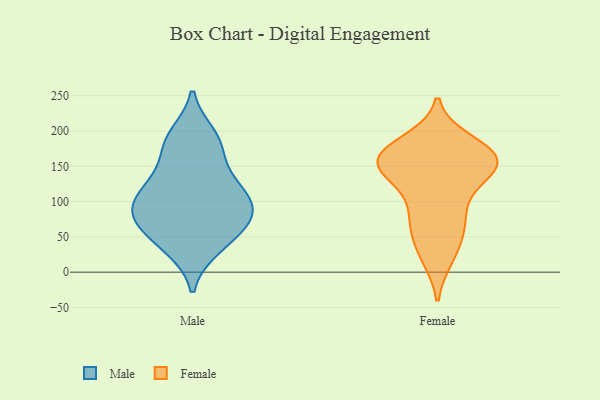
{"axis": {"x": "LTV (USD)", "y": "Value"}, "legend": ["Female", "Male"], "data": [{"x": "", "y": 179, "type": "Male"}, {"x": "", "y": 34, "type": "Male"}, {"x": "", "y": 77, "type": "Male"}, {"x": "", "y": 100, "type": "Male"}, {"x": "", "y": 72, "type": "Male"}, {"x": "", "y": 103, "type": "Male"}, {"x": "", "y": 63, "type": "Male"}, {"x": "", "y": 74, "type": "Male"}, {"x": "", "y": 94, "type": "Male"}, {"x": "", "y": 123, "type": "Male"}, {"x": "", "y": 120, "type": "Male"}, {"x": "", "y": 186, "type": "Male"}, {"x": "", "y": 37, "type": "Male"}, {"x": "", "y": 146, "type": "Male"}, {"x": "", "y": 194, "type": "Male"}, {"x": "", "y": 158, "type": "Female"}, {"x": "", "y": 145, "type": "Female"}, {"x": "", "y": 92, "type": "Female"}, {"x": "", "y": 173, "type": "Female"}, {"x": "", "y": 84, "type": "Female"}, {"x": "", "y": 28, "type": "Female"}, {"x": "", "y": 141, "type": "Female"}, {"x": "", "y": 165, "type": "Female"}, {"x": "", "y": 160, "type": "Female"}, {"x": "", "y": 23, "type": "Female"}, {"x": "", "y": 168, "type": "Female"}, {"x": "", "y": 68, "type": "Female"}, {"x": "", "y": 134, "type": "Female"}, {"x": "", "y": 153, "type": "Female"}, {"x": "", "y": 157, "type": "Female"}, {"x": "", "y": 183, "type": "Female"}, {"x": "", "y": 60, "type": "Female"}]}